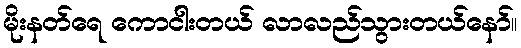
မိုးနတ်ရေ ကောငါးတယ် လာလည်သွားတယ်နော်။